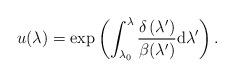
LaTeX: \begin{align*}u(\lambda )=\exp \left( \int_{\lambda _{0}}^{\lambda }\frac{\delta \left(\lambda ^{\prime }\right) }{\beta (\lambda ^{\prime })}{\rm d}\lambda^{\prime }\right) .\end{align*}